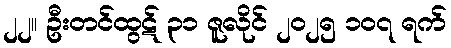
၂၂။ ဦးတင်ထွဋ် ၃၁ ဇူလိုင် ၂၀၂၅ ၁၀၇ ရက်